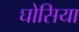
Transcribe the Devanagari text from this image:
घोसिया